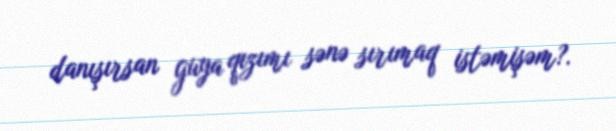
danışırsan guya qızımı sənə sırımaq istəmişəm?.